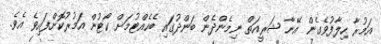
އަމުރާ ހިލާފުވެގެން އޭނާ ޝަރީއަތް ނިމެންދެން ބަންދުގައި ބެހެއްޓުމަށް ކޯޓުން އަމުރުކޮށްފައިވެ އެވެ.